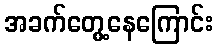
အခက်တွေ့နေကြောင်း